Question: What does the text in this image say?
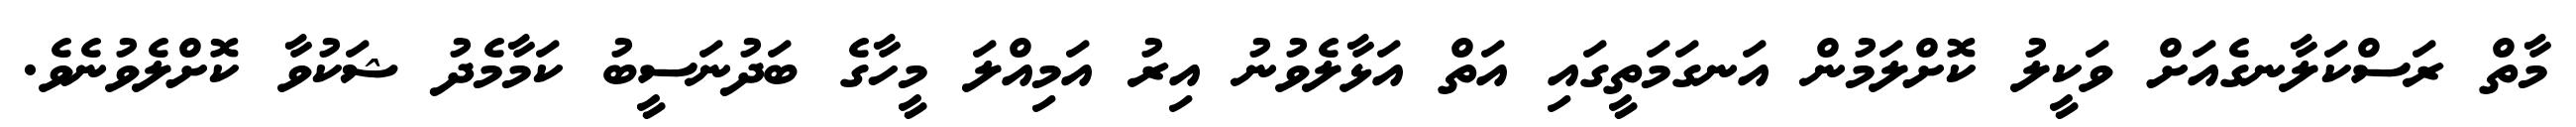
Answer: މާތް ރަސްކަލާނގެއަށް ވަކީލު ކޮށްލަމުން އަނގަމަތީގައި އަތް އަޅާލެވުނު އިރު އަމިއްލަ މީހާގެ ބަދުނަސީބު ކަމާމެދު ޝަކުވާ ކޮށްލެވުނެވެ.